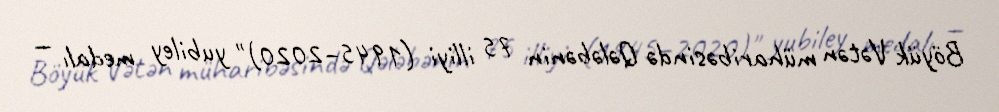
Böyük Vətən müharibəsində Qələbənin 75 illiyi (1945–2020)" yubiley medalı —